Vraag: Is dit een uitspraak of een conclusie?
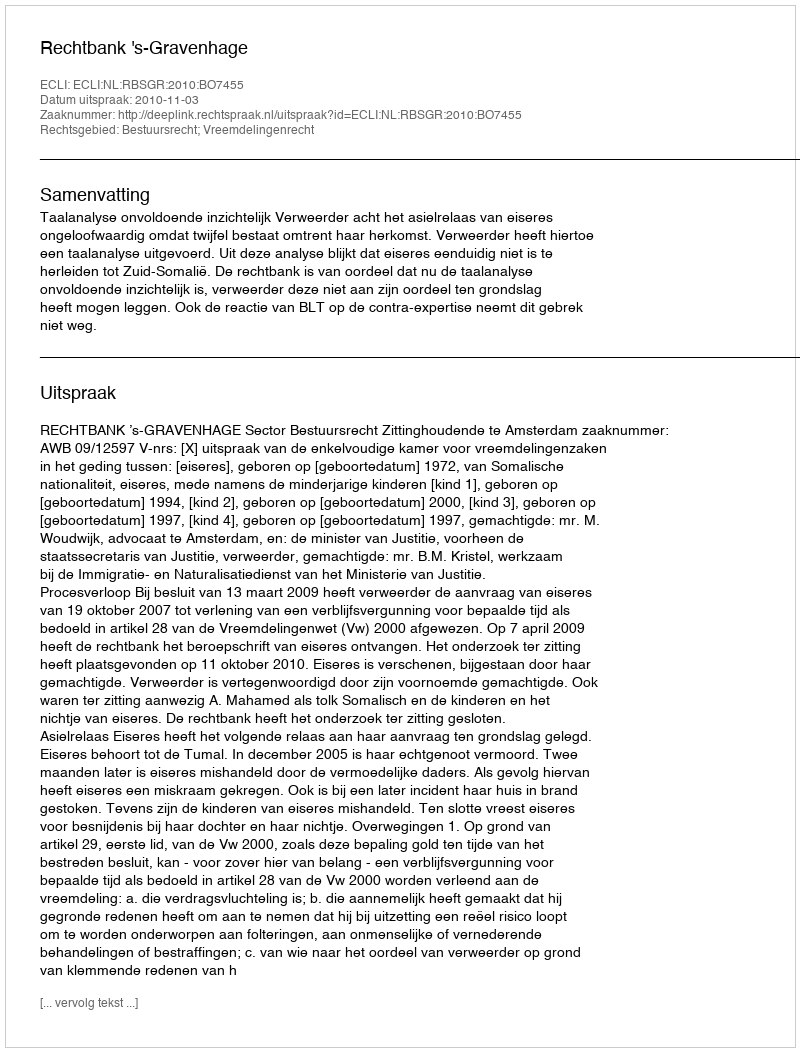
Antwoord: Uitspraak